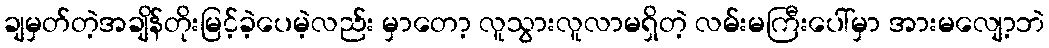
ချမှတ်တဲ့အချိန်တိုးမြင့်ခဲ့ပေမဲ့လည်း မှာတော့ လူသွားလူလာမရှိတဲ့ လမ်းမကြီးပေါ်မှာ အားမလျော့ဘဲ